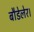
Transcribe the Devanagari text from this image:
बौडेलेर।